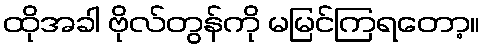
ထိုအခါ ဗိုလ်တွန်ကို မမြင်ကြရတော့။